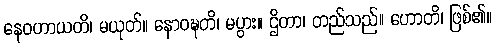
နေဝဟာယတိ၊ မယုတ်။ နောဝဍ္ဎတိ၊ မပွား။ ဌိတာ၊ တည်သည်။ ဟောတိ၊ ဖြစ်၏။